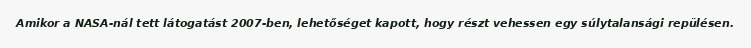
Amikor a NASA-nál tett látogatást 2007-ben, lehetőséget kapott, hogy részt vehessen egy súlytalansági repülésen.